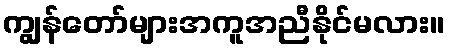
ကျွန်တော်များအကူအညီနိုင်မလား။